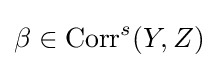
\beta \in \operatorname {Corr} ^{s}(Y,Z)